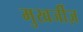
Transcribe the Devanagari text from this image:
मुखर्जीज़